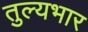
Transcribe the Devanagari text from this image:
तुल्‍यभार